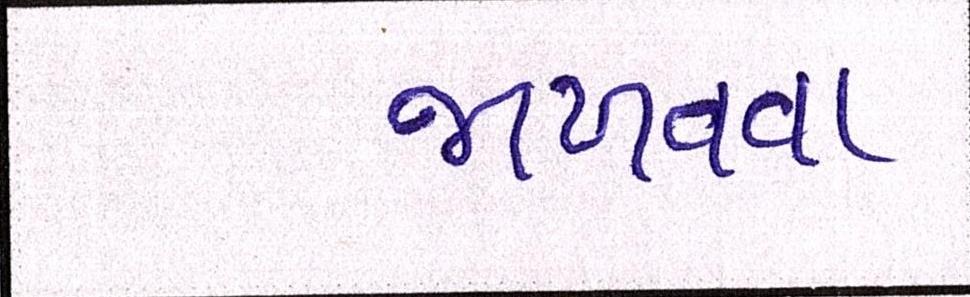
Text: જાળવવા